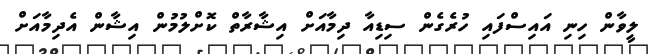
ލީވާން ހިނި އައިސްފައި ހުރެގެން ސިޑިއާ ދިމާއަށް އިޝާރާތް ކޮށްލުމުން އިޝާން އެދިމާއަށް